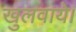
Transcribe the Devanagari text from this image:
खुलवाये।